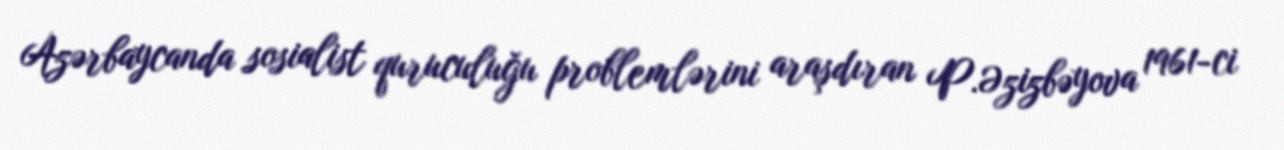
Azərbaycanda sosialist quruculuğu problemlərini araşdıran P.Əzizbəyova 1961-ci